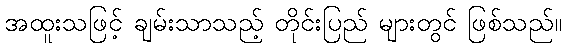
အထူးသဖြင့် ချမ်းသာသည့် တိုင်းပြည် များတွင် ဖြစ်သည်။